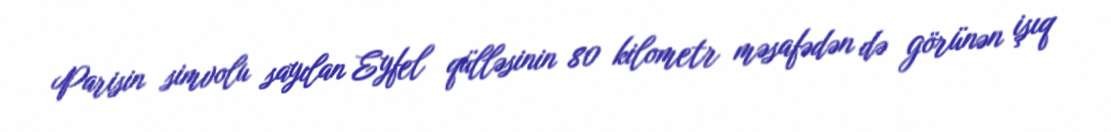
Parisin simvolu sayılan Eyfel qülləsinin 80 kilometr məsafədən də görünən işıq